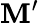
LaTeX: \mathbf{M}^{\prime}